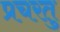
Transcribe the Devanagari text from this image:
प्रचरतु